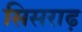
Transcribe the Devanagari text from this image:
सिसराढ़